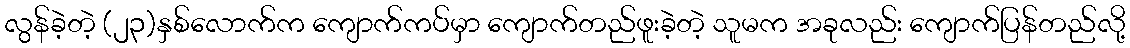
လွန်ခဲ့တဲ့ (၂၃)နှစ်လောက်က ကျောက်ကပ်မှာ ကျောက်တည်ဖူးခဲ့တဲ့ သူမက အခုလည်း ကျောက်ပြန်တည်လို့